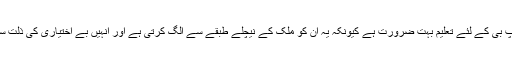
اسی لئے گروپ بی کے لئے تعلیم بہت ضرورت ہے کیونکہ یہ ان کو ملک کے نیچلے طبقے سے الگ کرتی ہے اور انہیں بے اختیاری کی ذلت سے بچاتی ہے۔